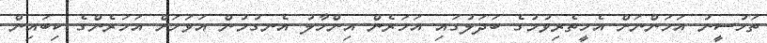
ތަހުސީނު އަހަންނަށް އެހީތެރިވުމުގެ ބަދަލުގައި އަހަރެން އިންހާލު އެނގުމުން އަވަހަށް އަހަރެންގެ ކިބައިން